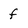
Character: f